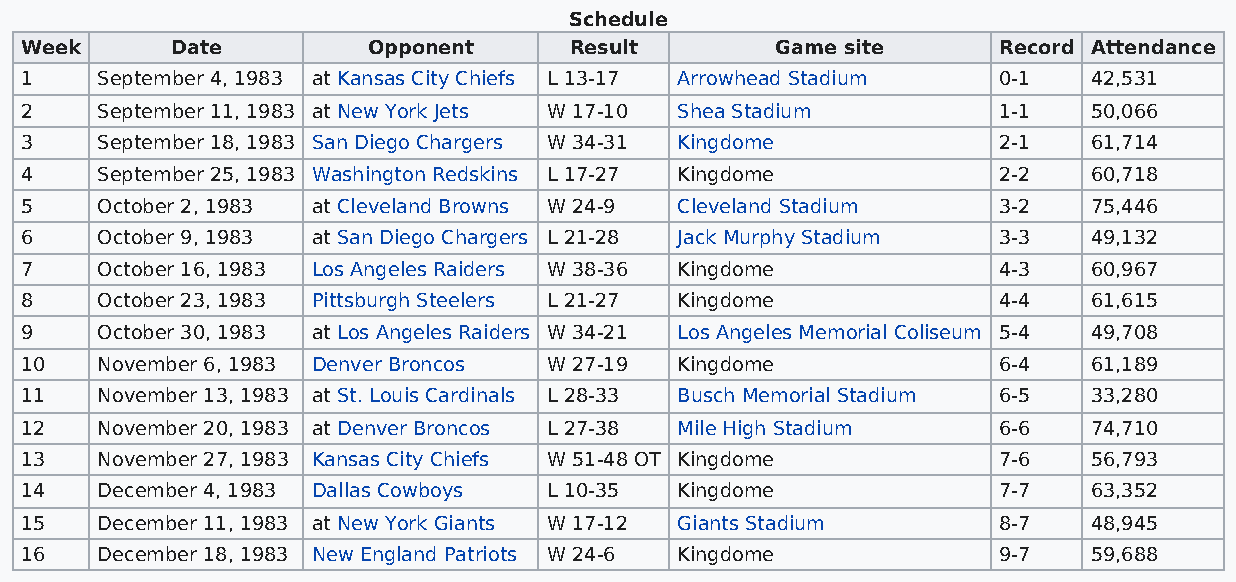
Schedule
 Week      Date         Opponent      Result       Game site      Record Attendance
 1    September 4, 1983 at Kansas City Chiefs L 13-17 Arrowhead Stadium 0-1 42,531
 2    September 11, 1983 at New York Jets W 17-10 Shea Stadium    1-1   50,066
 3    September 18, 1983 San Diego Chargers W 34-31 Kingdome      2-1   61,714
 4    September 25, 1983 Washington Redskins L 17-27 Kingdome     2-2   60,718
 5    October 2, 1983 at Cleveland Browns W 24-9 Cleveland Stadium 3-2  75,446
 6    October 9, 1983 at San Diego Chargers L 21-28 Jack Murphy Stadium 3-3 49,132
 7    October 16, 1983 Los Angeles Raiders W 38-36 Kingdome       4-3   60,967
 8    October 23, 1983 Pittsburgh Steelers L 21-27 Kingdome       4-4   61,615
 9    October 30, 1983 at Los Angeles Raiders W 34-21 Los Angeles Memorial Coliseum 5-4 49,708
 10   November 6, 1983 Denver Broncos W 27-19 Kingdome            6-4   61,189
 11   November 13, 1983 at St. Louis Cardinals L 28-33 Busch Memorial Stadium 6-5 33,280
 12   November 20, 1983 at Denver Broncos L 27-38 Mile High Stadium 6-6 74,710
 13   November 27, 1983 Kansas City Chiefs W 51-48 OT Kingdome    7-6   56,793
 14   December 4, 1983 Dallas Cowboys L 10-35 Kingdome            7-7   63,352
 15   December 11, 1983 at New York Giants W 17-12 Giants Stadium 8-7   48,945
 16   December 18, 1983 New England Patriots W 24-6 Kingdome      9-7   59,688